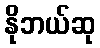
နိုဘယ်ဆု